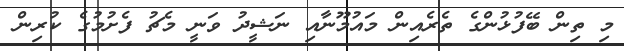
މި ތިން ބޭފުޅުންގެ ތެރެއިން މައުމޫނާއި ނަޝީދު ވަނީ މެޗު ފެށުމުގެ ކުރިން